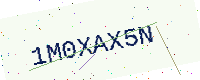
Text: 1M0XAX5N